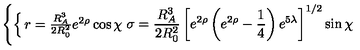
\left\{ \begin{cases} { r = \frac { R _ { A } ^ { 3 } } { 2 R _ { 0 } ^ { 2 } } e ^ { 2 \rho } \cos \chi } \\ { \sigma = \frac { R _ { A } ^ { 3 } } { 2 R _ { 0 } ^ { 2 } } \left[ e ^ { 2 \rho } \left( e ^ { 2 \rho } - \frac { 1 } { 4 } \right) e ^ { 5 \lambda } \right] ^ { 1 / 2 } \sin \chi } \\ \end{cases} \right.